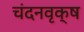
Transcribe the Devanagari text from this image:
चंदनवृक्ष